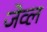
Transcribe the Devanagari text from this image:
जेव्ल